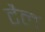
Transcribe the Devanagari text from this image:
टैल